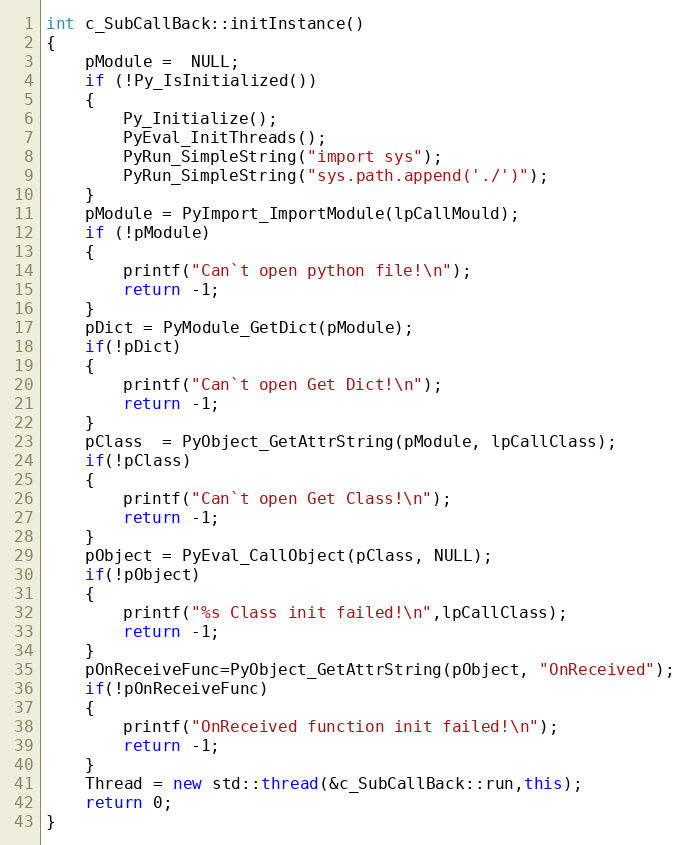
Language: C++
int c_SubCallBack::initInstance()
{
	pModule =  NULL;
	if (!Py_IsInitialized())
	{
		Py_Initialize();
		PyEval_InitThreads();
		PyRun_SimpleString("import sys");
		PyRun_SimpleString("sys.path.append('./')");
	}
	pModule = PyImport_ImportModule(lpCallMould);
	if (!pModule)
	{
		printf("Can`t open python file!\n");
		return -1;
	}
	pDict = PyModule_GetDict(pModule);
	if(!pDict)
	{
		printf("Can`t open Get Dict!\n");
  		return -1;
	}
	pClass  = PyObject_GetAttrString(pModule, lpCallClass);
	if(!pClass)
	{
		printf("Can`t open Get Class!\n");
		return -1;
	}
	pObject = PyEval_CallObject(pClass, NULL);
	if(!pObject)
	{
		printf("%s Class init failed!\n",lpCallClass);
		return -1;
	}
	pOnReceiveFunc=PyObject_GetAttrString(pObject, "OnReceived");
	if(!pOnReceiveFunc)
	{
		printf("OnReceived function init failed!\n");
		return -1;
	}
	Thread = new std::thread(&c_SubCallBack::run,this);
	return 0;
}